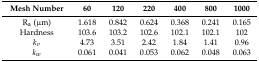
<table><thead><tr><td><b>Mesh Number</b></td><td><b>60</b></td><td><b>120</b></td><td><b>220</b></td><td><b>400</b></td><td><b>800</b></td><td><b>1000</b></td></tr></thead><tbody><tr><td>R<sub>a</sub> (μm)</td><td>1.618</td><td>0.842</td><td>0.624</td><td>0.368</td><td>0.241</td><td>0.165</td></tr><tr><td>Hardness</td><td>103.6</td><td>103.2</td><td>102.6</td><td>102.1</td><td>102.1</td><td>102</td></tr><tr><td><i>k<sub>v</sub></i></td><td>4.73</td><td>3.51</td><td>2.42</td><td>1.84</td><td>1.41</td><td>0.96</td></tr><tr><td><i>k<sub>w</sub></i></td><td>0.061</td><td>0.041</td><td>0.053</td><td>0.062</td><td>0.048</td><td>0.063</td></tr></tbody></table>